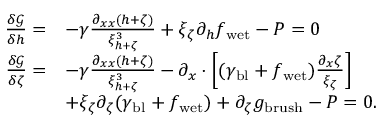
\begin{array} { r l } { \frac { \delta \mathcal { G } } { \delta h } = } & { - \gamma \frac { \partial _ { x x } ( h + \zeta ) } { \xi _ { h + \zeta } ^ { 3 } } + \xi _ { \zeta } \partial _ { h } f _ { \mathrm { w e t } } - P = 0 } \\ { \frac { \delta \mathcal { G } } { \delta \zeta } = } & { - \gamma \frac { \partial _ { x x } ( h + \zeta ) } { \xi _ { h + \zeta } ^ { 3 } } - \partial _ { x } \cdot \left[ ( \gamma _ { \mathrm { b l } } + f _ { \mathrm { w e t } } ) \frac { \partial _ { x } \zeta } { \xi _ { \zeta } } \right] } \\ & { + \xi _ { \zeta } \partial _ { \zeta } ( \gamma _ { \mathrm { b l } } + f _ { \mathrm { w e t } } ) + \partial _ { \zeta } g _ { \mathrm { b r u s h } } - P = 0 . } \end{array}